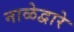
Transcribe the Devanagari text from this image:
नाळेद्वारे